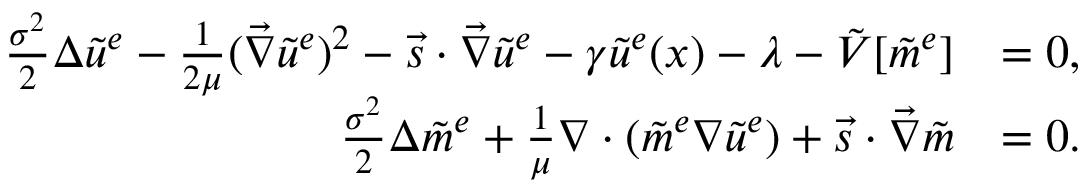
\begin{array} { r l } { \frac { \sigma ^ { 2 } } { 2 } \Delta { \tilde { u } ^ { e } } - \frac { 1 } { 2 \mu } ( \vec { \nabla } \tilde { u } ^ { e } ) ^ { 2 } - \vec { s } \cdot \vec { \nabla } \tilde { u } ^ { e } - \gamma \tilde { u } ^ { e } ( x ) - \lambda - \Tilde { V } [ \tilde { m } ^ { e } ] } & { = 0 , } \\ { \frac { \sigma ^ { 2 } } { 2 } \Delta \tilde { m } ^ { e } + \frac { 1 } { \mu } \nabla \cdot ( \tilde { m } ^ { e } \nabla \tilde { u } ^ { e } ) + \vec { s } \cdot \vec { \nabla } \tilde { m } } & { = 0 . } \end{array}